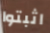
اثبتوا